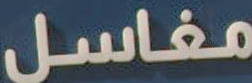
مغاسل